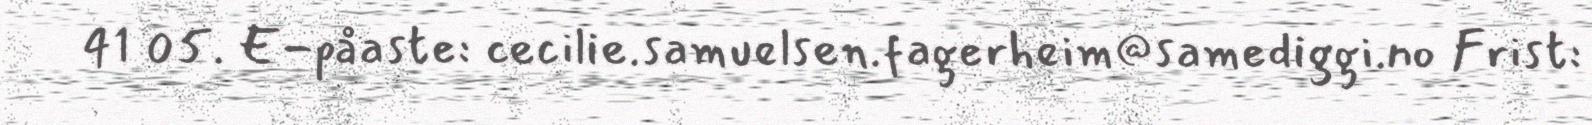
41 05. E-påaste: cecilie.samuelsen.fagerheim@samediggi.no Frist: